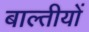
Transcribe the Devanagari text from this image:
बाल्तीयों